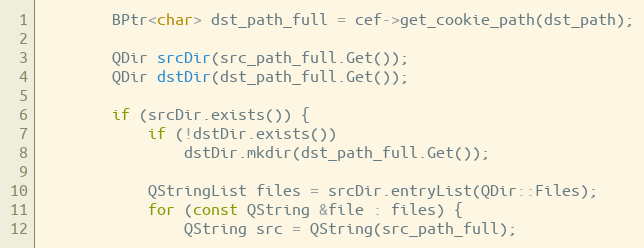
Language: C++
		BPtr<char> dst_path_full = cef->get_cookie_path(dst_path);

		QDir srcDir(src_path_full.Get());
		QDir dstDir(dst_path_full.Get());

		if (srcDir.exists()) {
			if (!dstDir.exists())
				dstDir.mkdir(dst_path_full.Get());

			QStringList files = srcDir.entryList(QDir::Files);
			for (const QString &file : files) {
				QString src = QString(src_path_full);